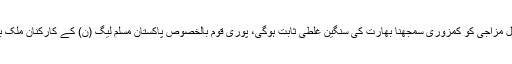
اپوزیشن لیڈر کا کہنا تھا کہ پاکستان کی امن پسندی اور تحمل مزاجی کو کمزوری سمجھنا بھارت کی سنگین غلطی ثابت ہوگی، پوری قوم بالخصوص پاکستان مسلم لیگ (ن) کے کارکنان ملک بھر میں مسلح افواج کے ساتھ مکمل یکجہتی کا اظہار کریں۔